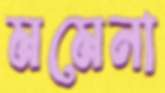
মমেনা